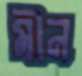
মীন